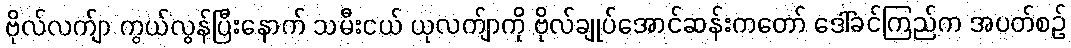
ဗိုလ်လက်ျာ ကွယ်လွန်ပြီးနောက် သမီးငယ် ယုလက်ျာကို ဗိုလ်ချုပ်အောင်ဆန်းကတော် ဒေါ်ခင်ကြည်က အပတ်စဉ်